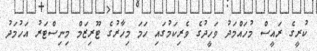
ކުރީގެ ރައީސް މުހައްމަދު ވަހީދުގެ ވެރިކަމުގައި ހަމަ މިހާރުގެ ޓޫރިޒަމް މިނިސްޓަރު އަހުމަދު